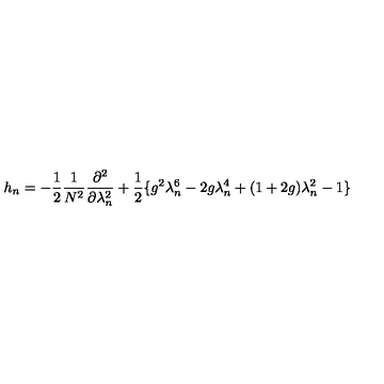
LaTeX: h _ { n } = - \frac { 1 } { 2 } \frac { 1 } { N ^ { 2 } } \frac { \partial ^ { 2 } } { \partial \lambda _ { n } ^ { 2 } } + \frac { 1 } { 2 } \{ g ^ { 2 } \lambda _ { n } ^ { 6 } - 2 g \lambda _ { n } ^ { 4 } + ( 1 + 2 g ) \lambda _ { n } ^ { 2 } - 1 \}